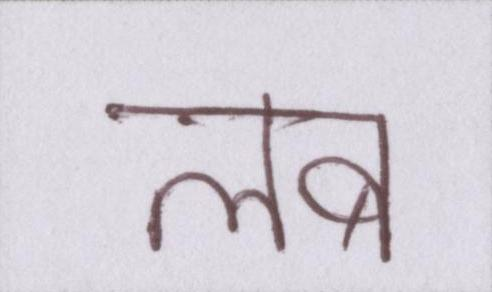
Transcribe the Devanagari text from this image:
लब